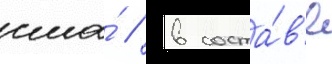
сша́ / в соста́в'е